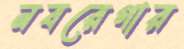
নবরেগার